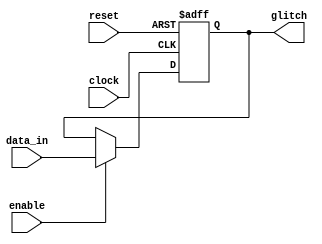
module start_check(input wire data_in,
                   input clock,
                   input reset,
                   input wire enable,
                   output reg glitch);
    
    reg glitch_comb;
    
    always@(posedge clock or negedge reset)
    begin
        if (!reset)
        begin
            glitch <= 1'b0;
        end
        else
        begin
            glitch <= glitch_comb;
        end
    end
    
    always@(*)
    begin
        if (enable)
        begin
            glitch_comb = data_in;
        end
        else
        begin
            glitch_comb = glitch;
        end
    end
    
endmodule